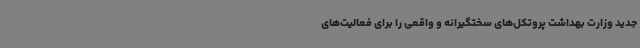
جدید وزارت بهداشت پروتکل‌های سختگیرانه و واقعی را برای فعالیت‌های